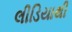
લીડિયાથી